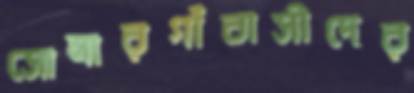
সোনারগাঁবাসীদের